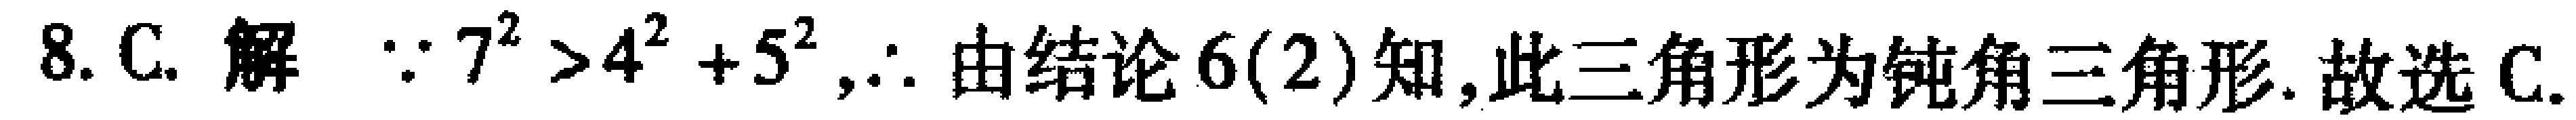
8. C. 解 $\because 7^{2}>4^{2}+5^{2},\therefore$ 由结论6(2)知,此三角形为钝角三角形. 故选C.